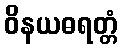
ဝိနယဓရတ္တံ